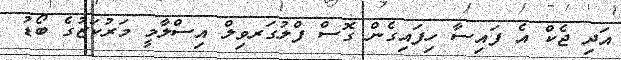
އަދި ޖެކް އެ ފައިސާ ހިފައިގެން ގޮސް ފްލުގަރވިލް އިސްލާމީ މަރުކަޒުގެ ބޯޑު